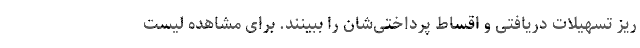
ریز تسهیلات دریافتی و اقساط پرداختی‌شان را ببینند. برای مشاهده لیست